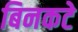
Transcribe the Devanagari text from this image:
बिनकटे